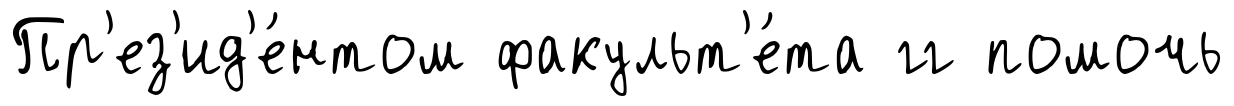
Пр'ез'ид'е́нтом факульт'е́та гг помочь